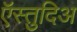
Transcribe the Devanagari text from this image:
ऍस्तुदिअ